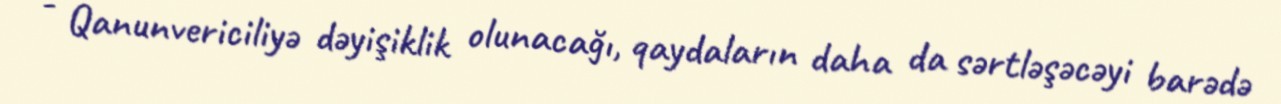
- Qanunvericiliyə dəyişiklik olunacağı, qaydaların daha da sərtləşəcəyi barədə